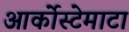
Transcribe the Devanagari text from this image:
आर्कोस्टेमाटा